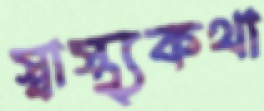
স্বাস্থ্যকথা